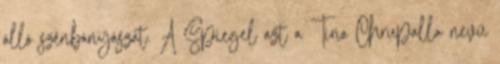
álló szénbányászat. A Spiegel azt a Tino Chrupalla nevű